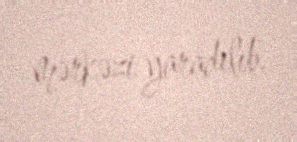
mərkəzi yaradılıb.